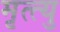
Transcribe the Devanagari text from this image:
मृत्त्यु